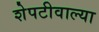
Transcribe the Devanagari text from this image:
शेपटीवाल्या